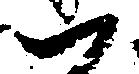
一